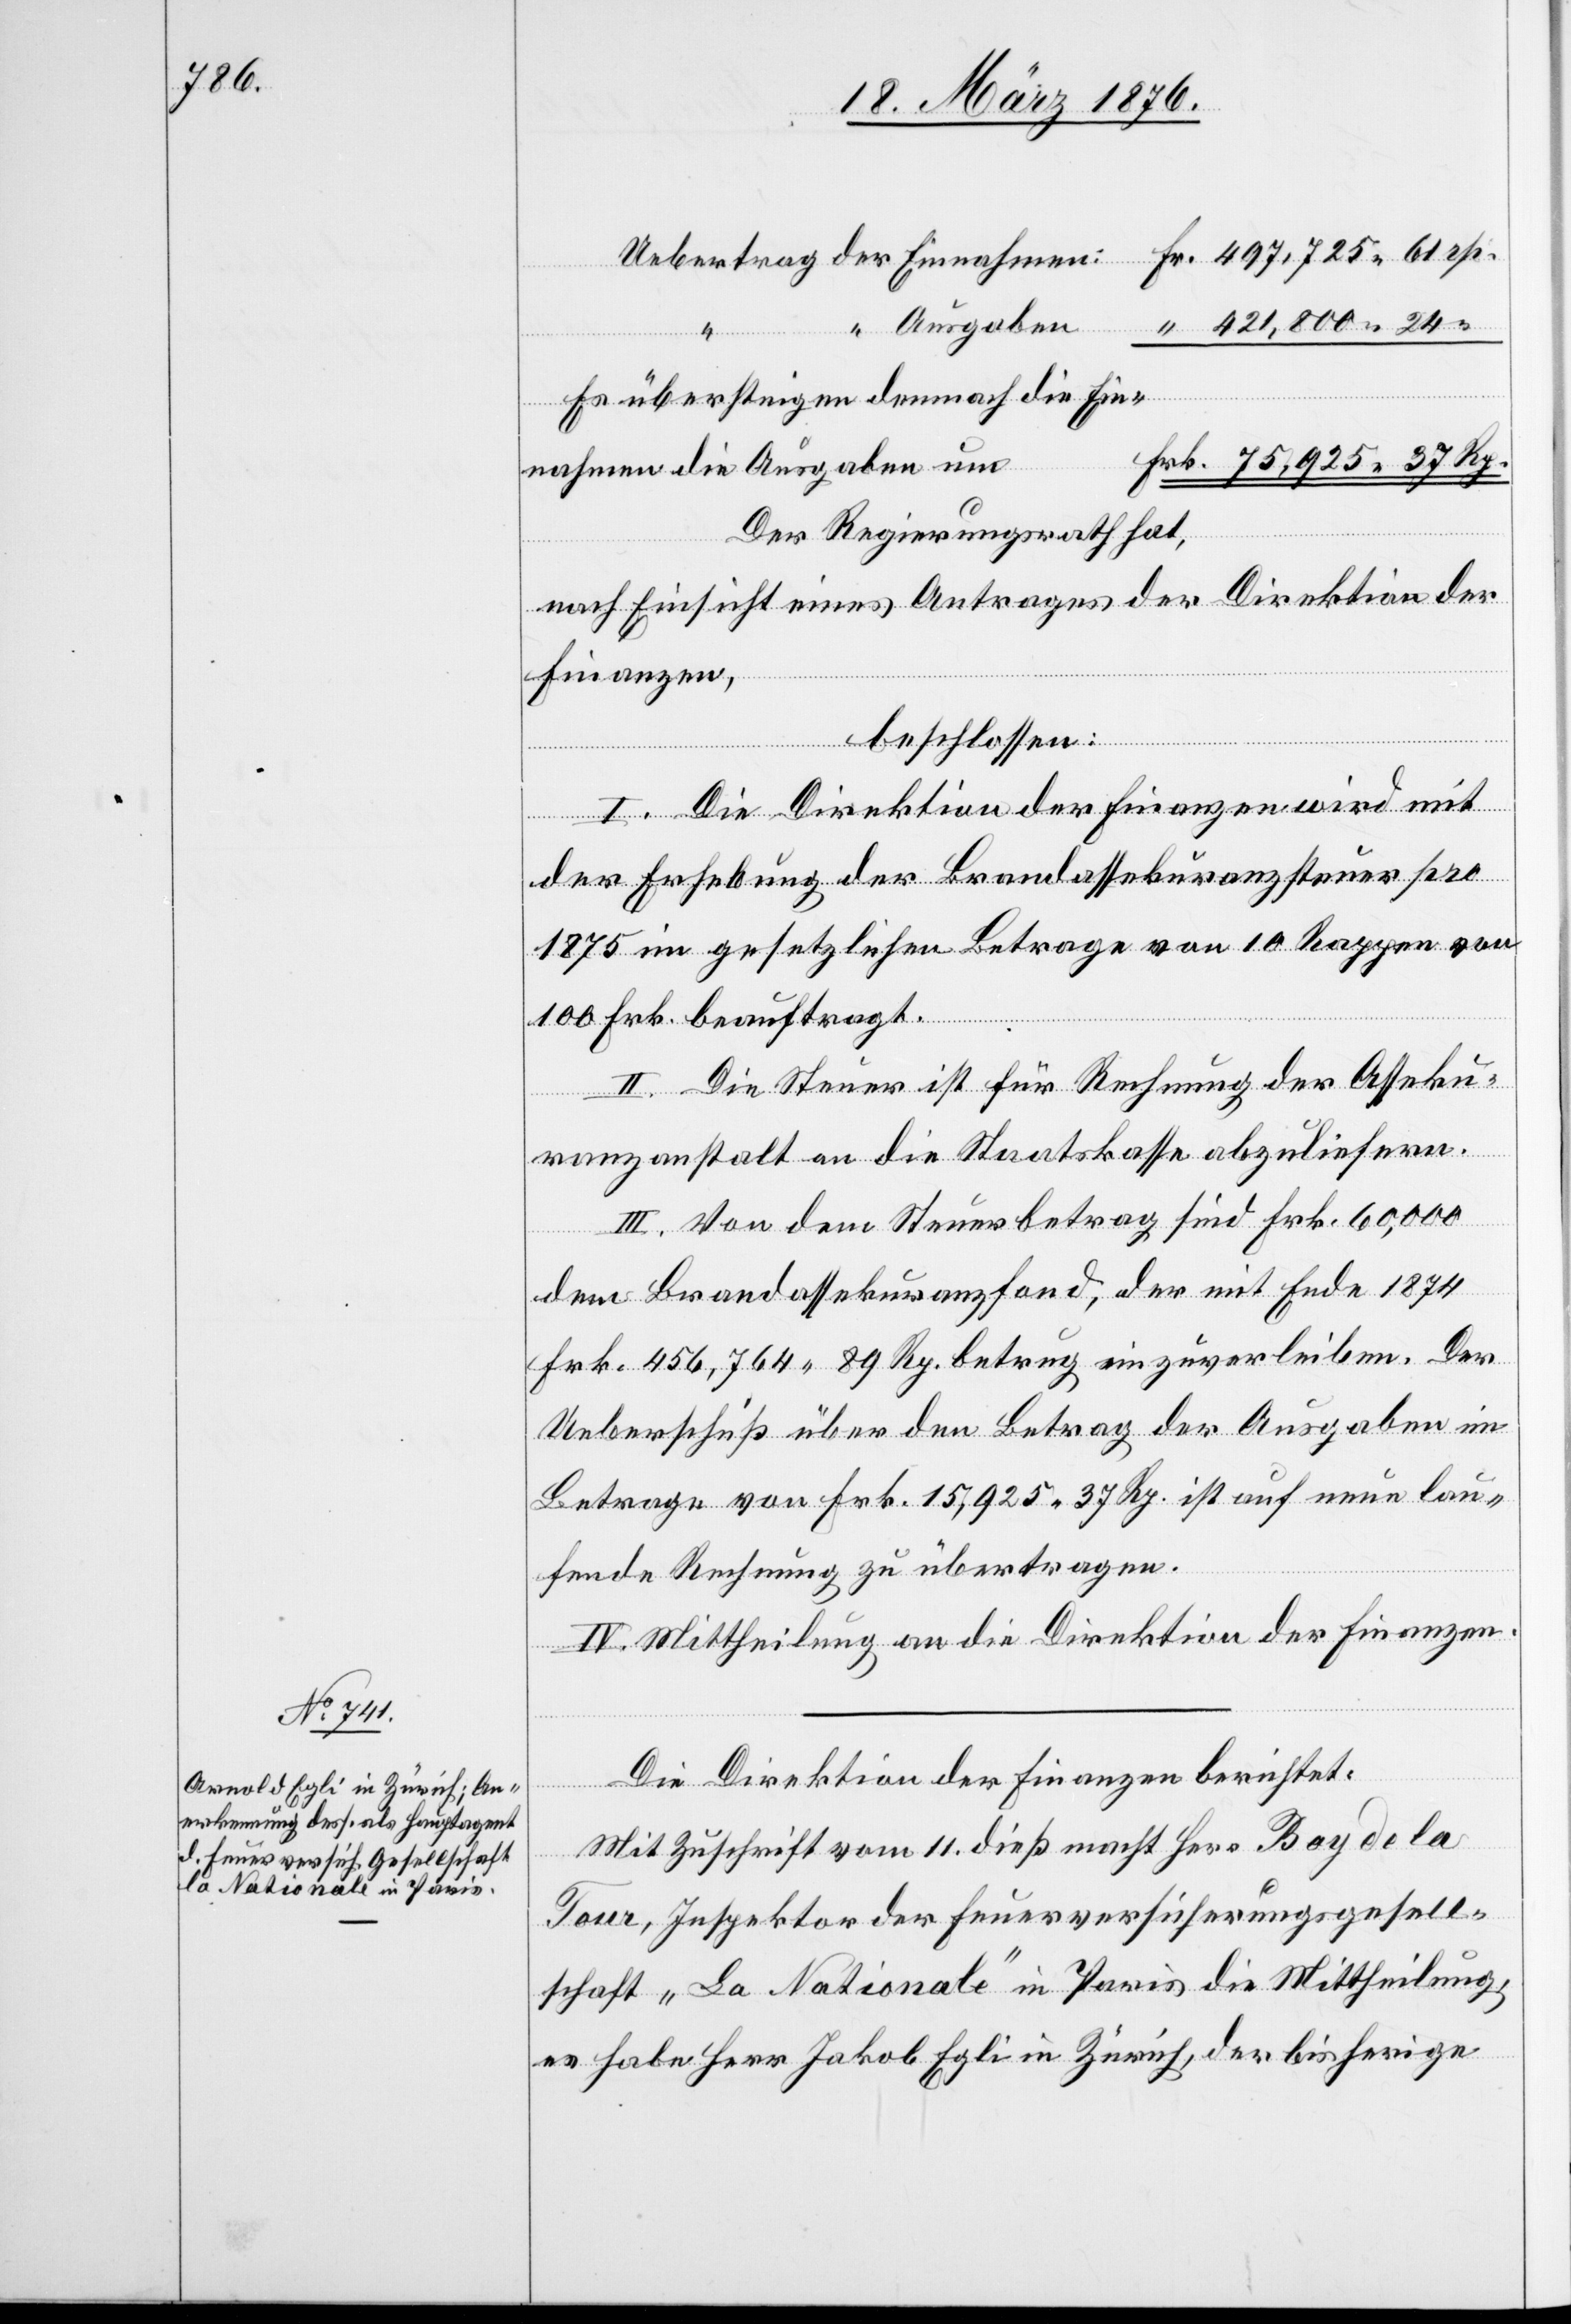
Uebertrag der Einnahmen:
Ausgaben:
24
“
Es übersteigen demnach die Ein¬
nahmen die Ausgaben um
Der Regierungsrath hat,
nach Einsicht eines Antrages der Direktion der
Finanzen,
beschlossen:
I. Die Direktion der Finanzen wird mit
der Erhebung der Brandassekuranzsteuer pro
1875 im gesetzlichen Betrage von 10 Rappen von
100 Frk. beauftragt.
II. Die Steuer ist für Rechnung der Asseku¬
ranzanstalt an die Staatskasse abzuliefern.
III. Von dem Steuerbetrag sind Frk. 60,000
dem Brandassekuranzfond, der mit Ende 1875
Frk. 456,764 89 Rp. betrug einzuverleiben. Der
Ueberschuß über den Betrag der Ausgaben im
Betrage von Frk. 15,925 37 Rp. ist auf neue lau¬
fende Rechnungen zu übertragen.
IV. Mittheilung an die Direktion der Finanzen.
Die Direktion der Finanzen berichtet:
“
Mit Zuschrift vom 11. dieß macht Herr Bay de la
Tour, Inspektor der Feuerversicherungsgesell¬
schaft „La Nationale“ in Paris die Mittheilung,
es habe Herr Jakob Egli in Zürich, der bisherige